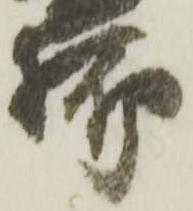
脚